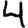
Digit: 4